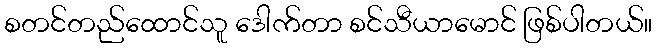
စတင်တည်ထောင်သူ ဒေါက်တာ စင်သီယာမောင် ဖြစ်ပါတယ်။